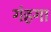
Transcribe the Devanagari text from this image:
गंहगा